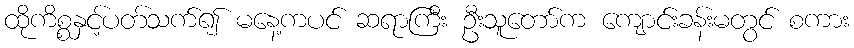
ထိုကိစ္စနှင့်ပတ်သက်၍ မနေ့ကပင် ဆရာကြီး ဦးသူတော်က ကျောင်းခန်းမတွင် စကား